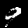
Digit: 9